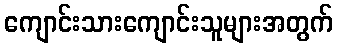
ကျောင်းသားကျောင်းသူများအတွက်